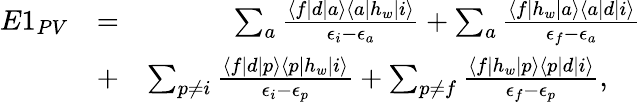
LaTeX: \begin{array}{rlr}{E1_{PV}}&{=}&{\sum_{a}\frac{\langle f|d|a\rangle\langle a|h_{w}|i\rangle}{\epsilon_{i}-\epsilon_{a}}+\sum_{a}\frac{\langle f|h_{w}|a\rangle\langle a|d|i\rangle}{\epsilon_{f}-\epsilon_{a}}}\\ &{+}&{\sum_{p\ne i}\frac{\langle f|d|p\rangle\langle p|h_{w}|i\rangle}{\epsilon_{i}-\epsilon_{p}}+\sum_{p\ne f}\frac{\langle f|h_{w}|p\rangle\langle p|d|i\rangle}{\epsilon_{f}-\epsilon_{p}},\ \ \ \ }\end{array}